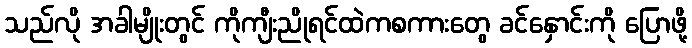
သည်လို အခါမျိုးတွင် ကိုကျီးညိုရင်ထဲကစကားတွေ ခင်နှောင်းကို ပြောဖို့